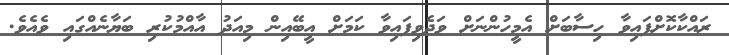
ރައްކާކޮށްފައިވާ ހިސާބަށް އެމީހުންނަށް ވަދެވިފައިވާ ކަމަށް އީބޭއިން މިއަދު އާއްމުކުރި ބަޔާނެއްގައި ވެއެވެ.